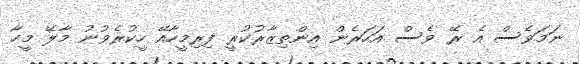
ނަމަވެސް އެ ރޭ ވެސް އަހަރެން އިންތިޒާރުކުރީ ފިރިމީހާއޭ ހީކުރެވުނު މާލޭ މީހާ